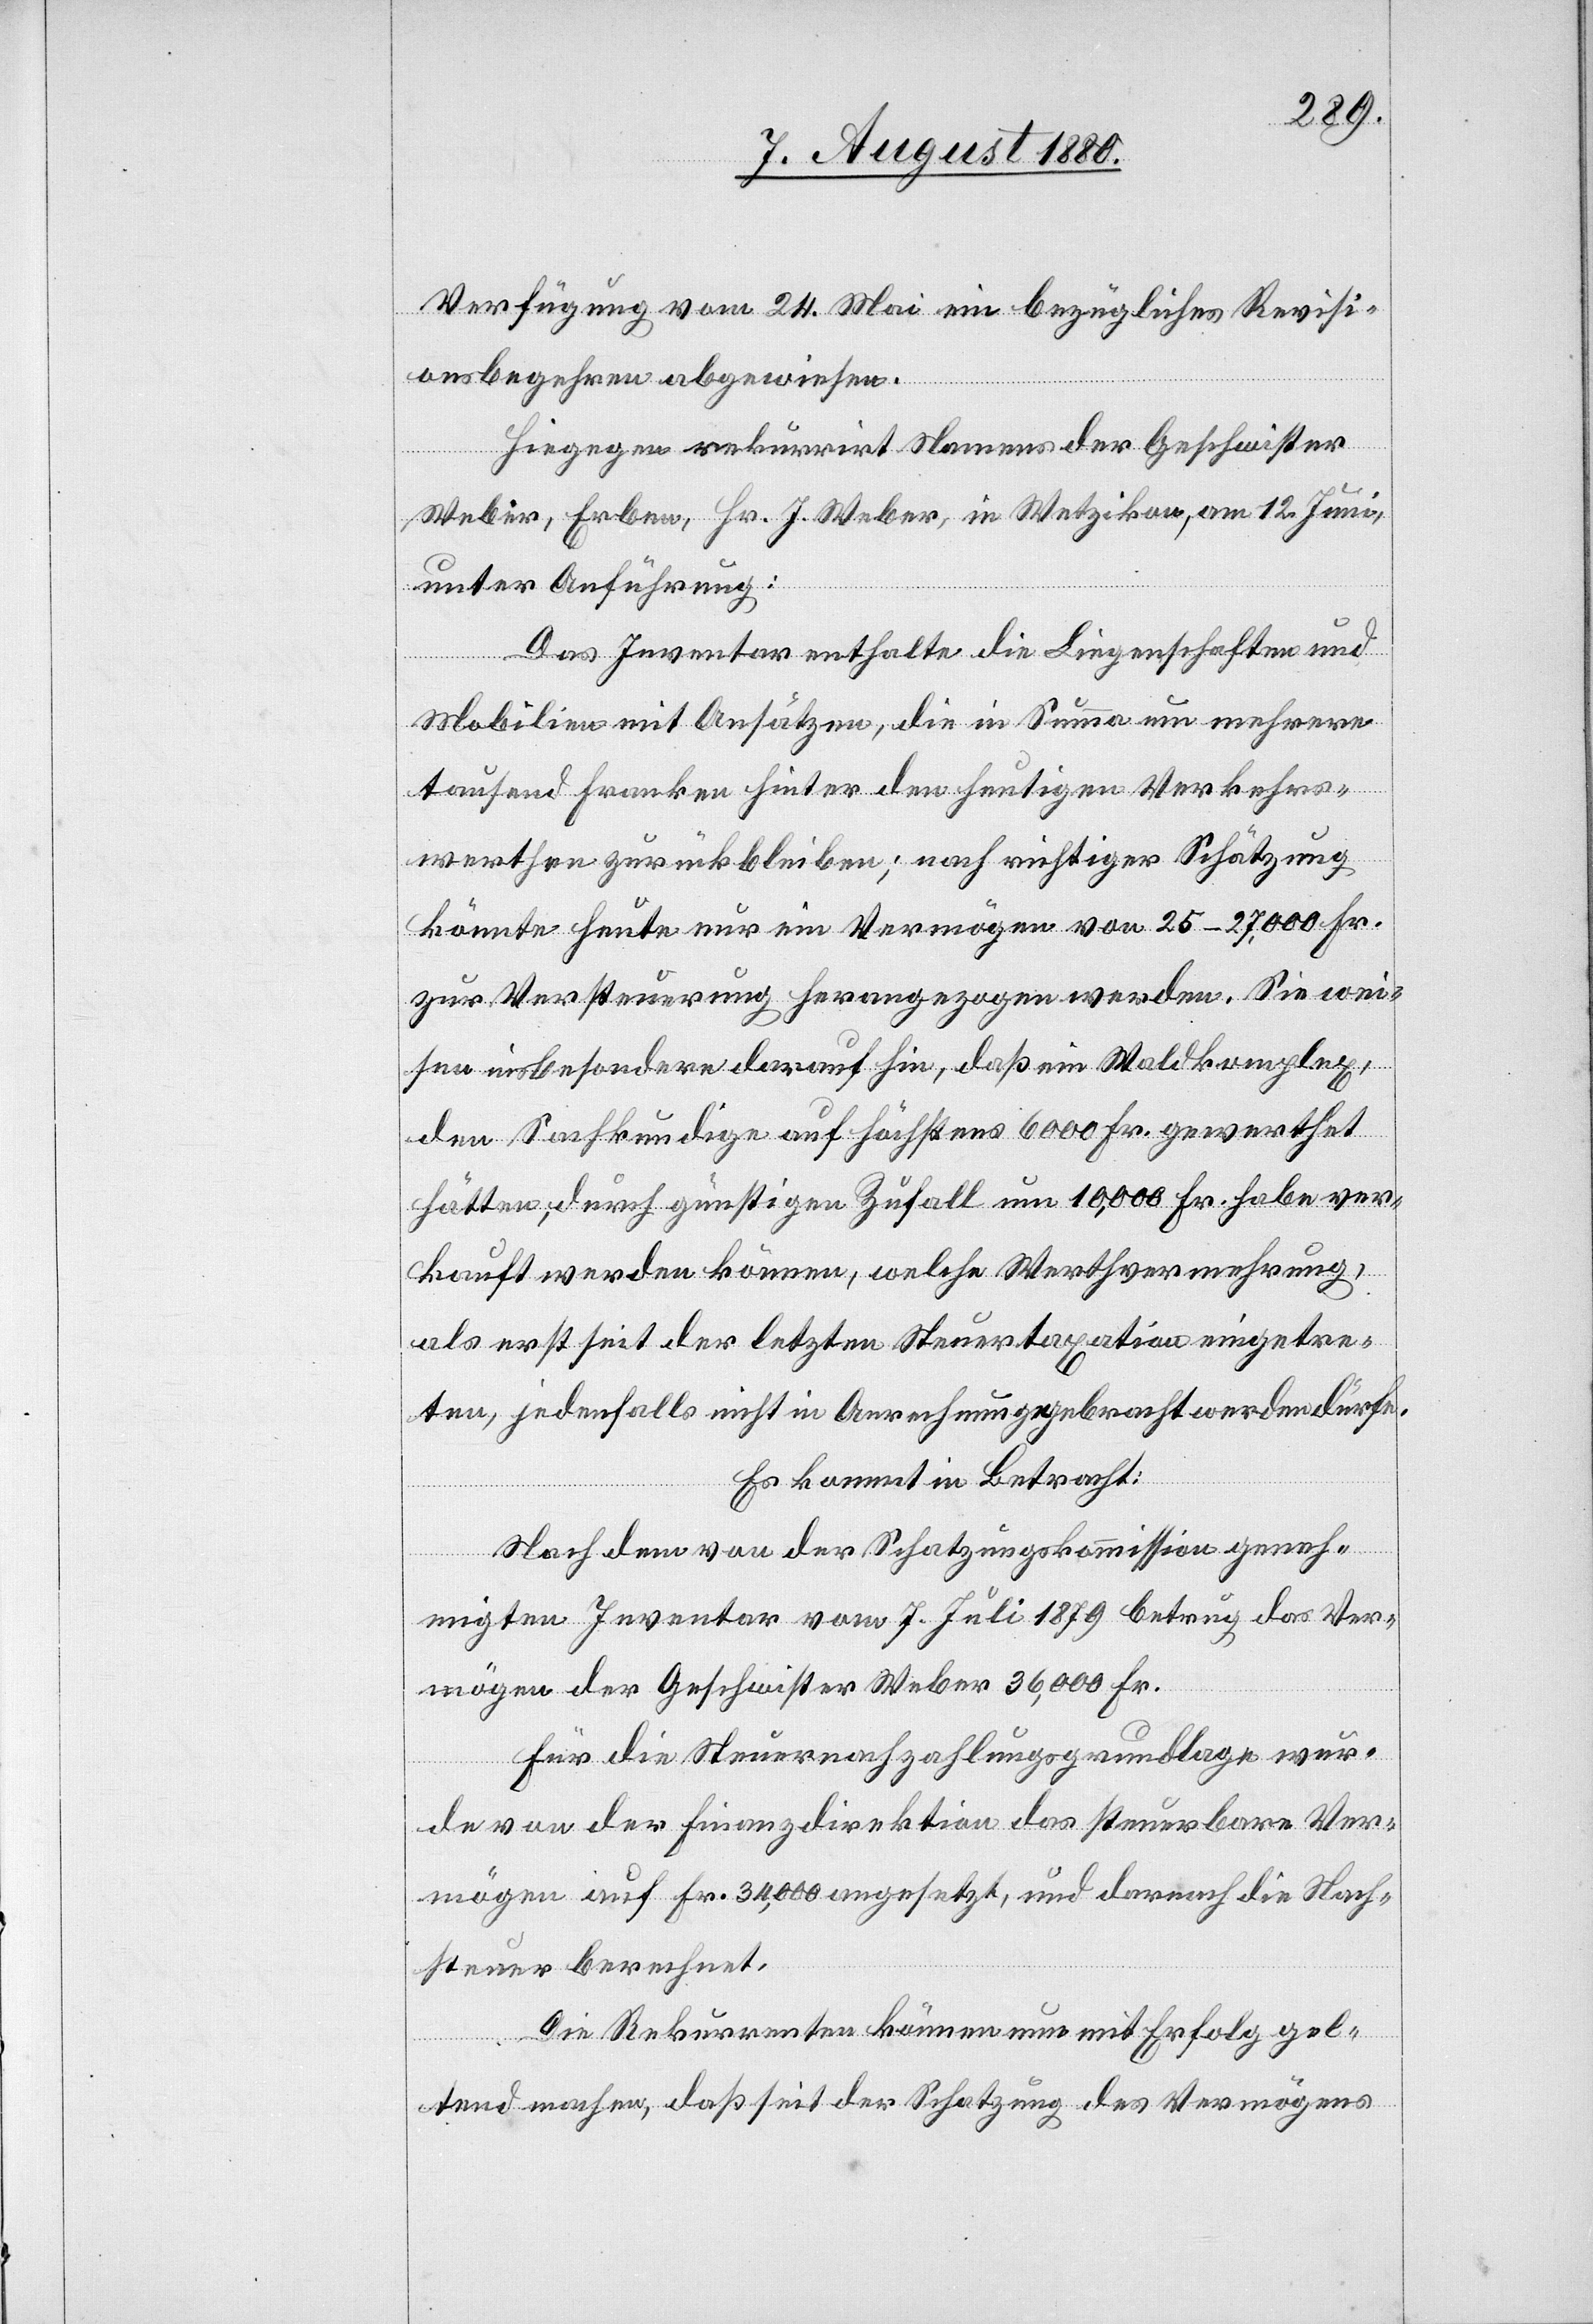
Verfügung vom 24. Mai ein bezügliches Revisi¬
onsbegehren abgewiesen.
Hiegegen rekurrirt Namens der Geschwister
Weber, Erben, Hr. J. Weber, in Wetzikon, am 12. Juni
unter Anführung:
Das Inventar enthalte die Liegenschaften und
Mobilien mit Ansätzen, die in Summa um mehrere
tausend Franken hinter den heutigen Verkehrs¬
werthen zurückblieben; nach richtiger Schätzung
könnte heute nur ein Vermögen von 25–27,000 Fr.
zur Versteuerung herangezogen werden. Sie wei¬
sen insbesondere darauf hin, daß ein Waldkomplex,
den Sachkundige auf höchstens 6000 Fr. gewerthet
hätten, durch günstigen Zufall um 10,000 Fr. habe ver¬
kauft werden können, welche Werthvermehrung,
als erst seit der letzten Steuertaxation eingetre¬
ten, jedenfalls nicht in Anrechnung gebracht werden dürfe.
Es kommt in Betracht:
Nach dem von der Schatzungskommission geneh¬
migten Inventar vom 7. Juli 1879 betrug das Ver¬
mögen der Geschwister Weber 36,000 Fr.
Für die Steuerzahlungsgrundlage wur¬
de von der Finanzdirektion das steuerbare Ver¬
mögen auf Fr. 34,000 angesetzt, und darnach die Nach¬
steuer berechnet.
Die Rekurrenten können nun mit Erfolg gel¬
tend machen, daß seit der Schatzung des Vermögens